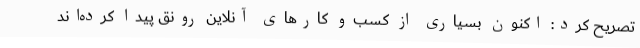
تصریح کرد: اکنون بسیاری از کسب‌و کارهای آنلاین رونق پیدا کرده‌اند